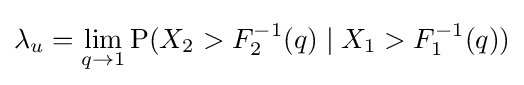
\lambda _{u}=\lim _{q\rightarrow 1}\operatorname {P} (X_{2}>F_{2}^{-1}(q)\mid X_{1}>F_{1}^{-1}(q))